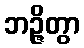
ဘဉ္ဇိတွာ